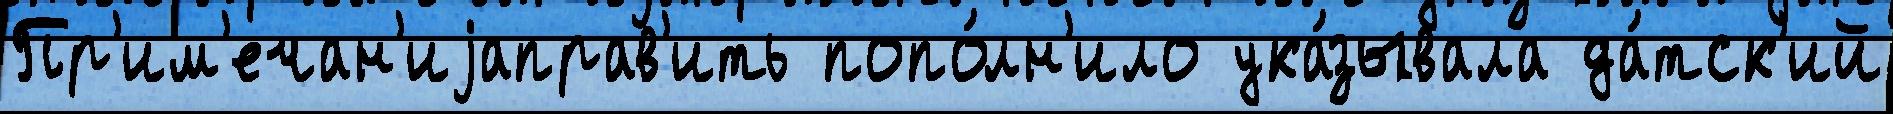
Пр'им'ечан'иjаправ'ить попо́лн'ило ука́зывала да́тск'ий